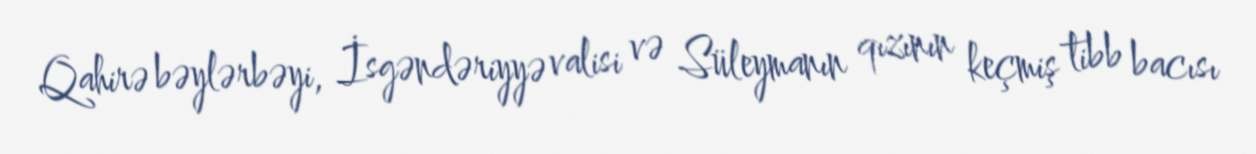
Qahirə bəylərbəyi, İsgəndəriyyə valisi və Süleymanın qızının keçmiş tibb bacısı